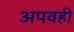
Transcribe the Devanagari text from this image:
अपवही